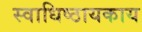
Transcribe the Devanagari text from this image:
स्वाधिष्ठायकाय